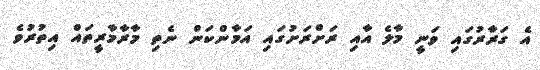
އެ ގަރާރުގައި ވަނީ މާލެ އާއި ރަށްރަށުގައި އަމާންކަން ނެތި މާރާމާރީތައް އިތުރުވެ